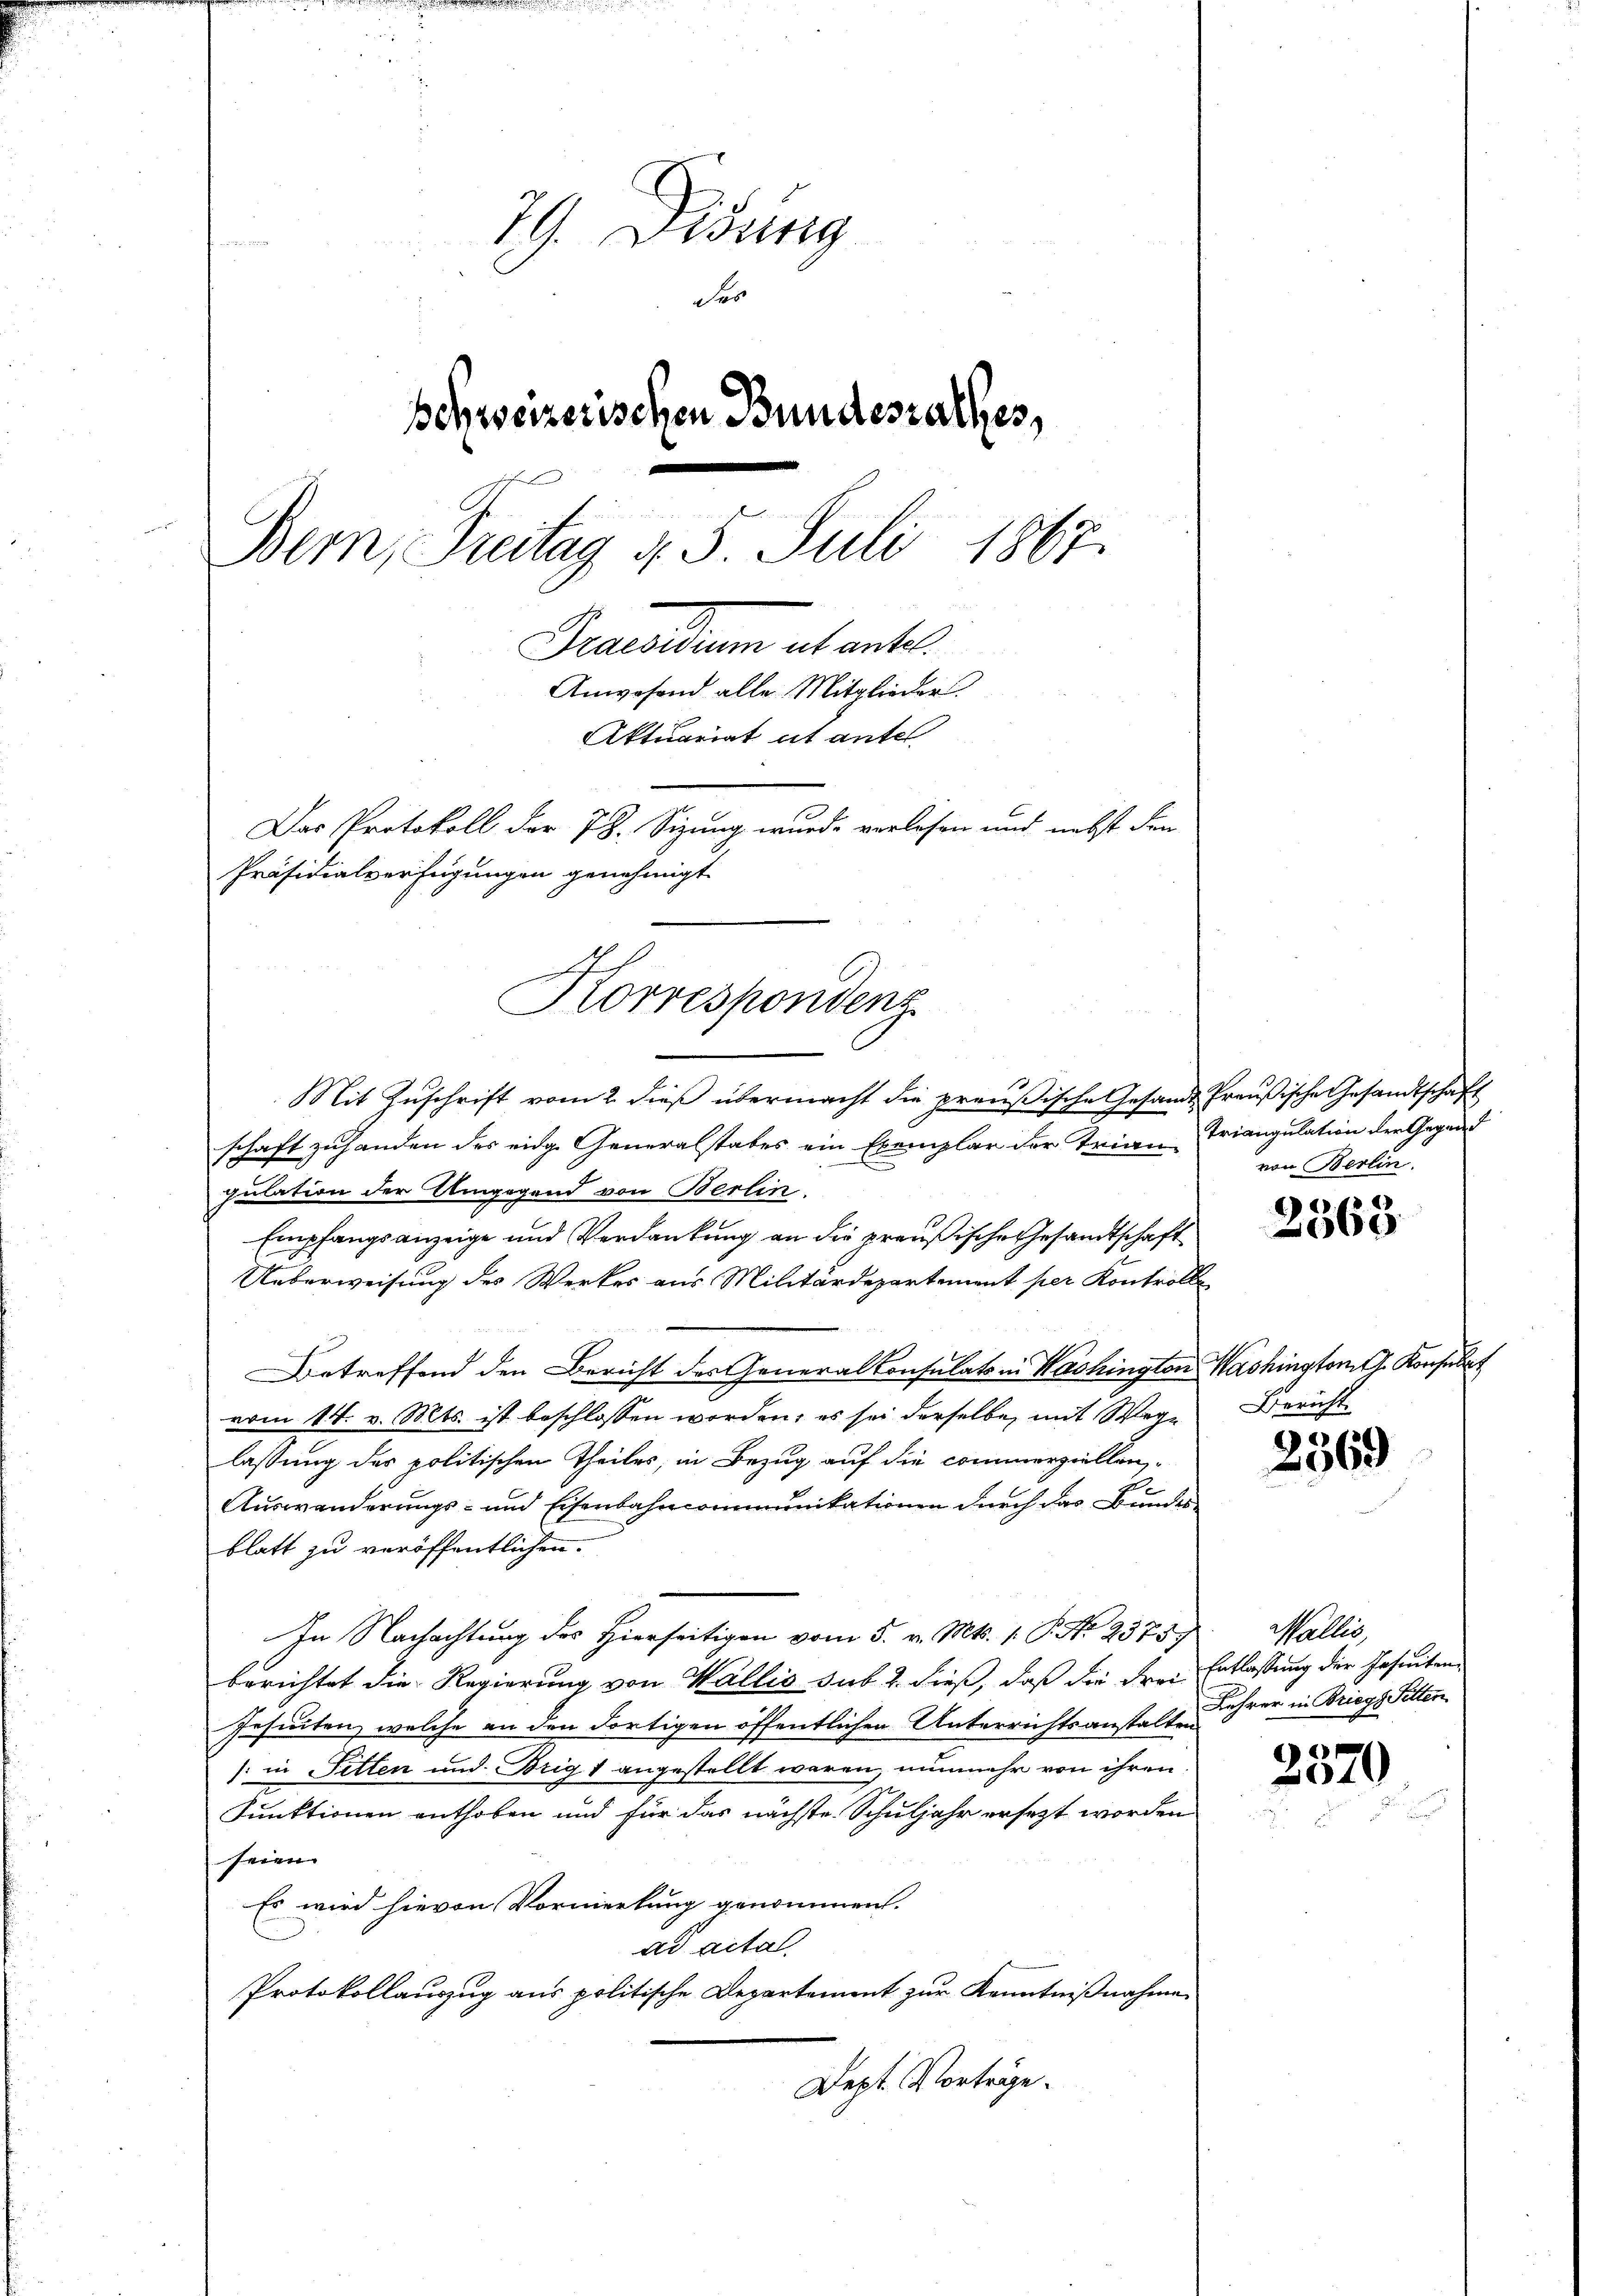
79. Disung
es
schweizerischen Bundesrathes,
Bern, Freitag d. 5. Juli 1867.
Brasilium et entl.
Anwesend alle Mitglieder.
Aktuariat ut antel
Das Protokoll der 78. Sizung wurde verlösen und nebst den
Präsidialverfügungen genehmigt

Korrespondenz

Mit Zuschrift vom 2. dieß übermacht die preußische Gesandt Preußische Gesandtschaft
schaft zuhanden des eidg. Generalstabes ein Exemplar der Trian-Triangulation der Gegend
1
pulation der Umgegend von Berlin.
Empfangsanzeige und Verdankung an die preußische Gesandtschaft
Ueberweisung des Werkes aus Militärdepartement per Kontrolle
etreffend den Bericht des Generalkonsulats in Washington Washingtont. Konsulat
vom 14. v. Mts. ist beschlossen worden; es sei derselbe, mit Weglassung des politischen Theiles, in Bezug auf die commerziellen¬
Auswanderungs- und Eisenbahncommunikationen durch das Bundes
blatt zu veröffentlichen.
In Nachachtung des Hierseitigen vom 5. v. Mts. 1. P. Nr. 23759
berichtet die Regierung von Wallis sub 2. dieß, daß die drei Entlassung der Insuiten
Gesuchen, welche an den dortigen öffentlichen Unterrichtsanstalt ihrer in Briegs Sitten
1 in Fetten und Brig 1 angestellt waren, nunmehr von ihren
Punktionen enthoben und für das nächste Schuljahr ersezt worden
seien.
Es wird hievon Vormerkung genommen.
ad actal.
Protokollauszug aus politische Departement zur Kenntnißnahmen
Dept. Vorträge.

von Berlin.

2563

Bericht

2569

Wallis,

2570